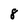
Character: 8